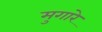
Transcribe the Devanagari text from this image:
मुगारे